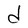
Character: d